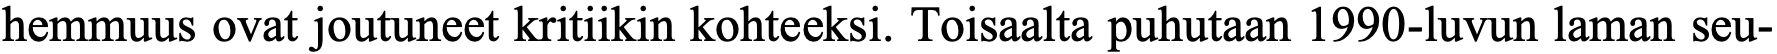
hemmuus ovat joutuneet kritiikin kohteeksi. Toisaalta puhutaan 1990-luvun laman seu-